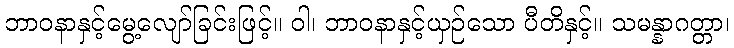
ဘာဝနာနှင့်မွေ့လျော်ခြင်းဖြင့်။ ဝါ၊ ဘာဝနာနှင့်ယှဉ်သော ပီတိနှင့်။ သမန္နာဂတ္တာ၊